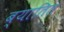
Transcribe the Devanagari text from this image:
ब्यातित